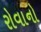
રોવાનો